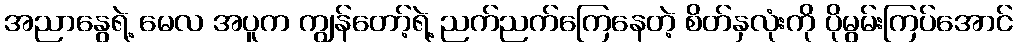
အညာနွေရဲ့ မေလ အပူက ကျွန်တော့်ရဲ့ ညက်ညက်ကြေနေတဲ့ စိတ်နှလုံးကို ပိုမွမ်းကြပ်အောင်